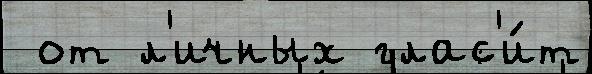
 от л'ичных глас'и́т